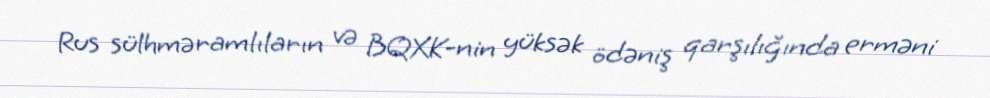
Rus sülhməramlıların və BQXK-nin yüksək ödəniş qarşılığında erməni